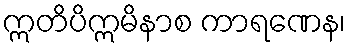
ဣတိပိဣမိနာစ ကာရဏေန၊